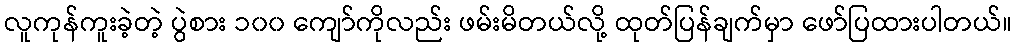
လူကုန်ကူးခဲ့တဲ့ ပွဲစား ၁၀၀ ကျော်ကိုလည်း ဖမ်းမိတယ်လို့ ထုတ်ပြန်ချက်မှာ ဖော်ပြထားပါတယ်။